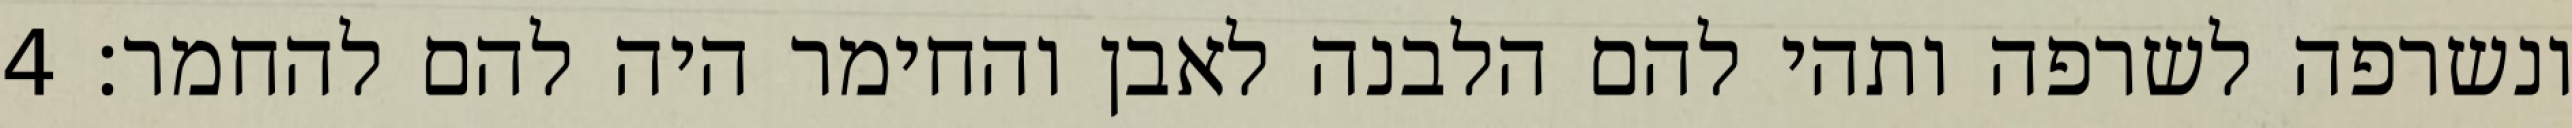
ונשרפה לשרפה ותהי להם הלבנה לאבן והחימר היה להם להחמר׃ ‎4‏